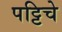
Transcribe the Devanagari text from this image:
पट्टिचे